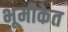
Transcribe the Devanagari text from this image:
भूमीकेत